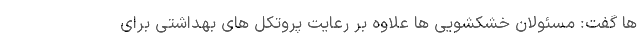
ها گفت: مسئولان خشکشویی ها علاوه بر رعایت پروتکل های بهداشتی برای